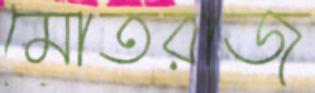
মোতরাজ